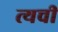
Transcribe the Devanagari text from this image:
त्यची